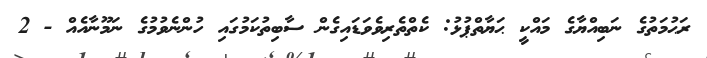
ރަޙުމަތުގެ ނަބިއްޔާގެ މައްކީ ޙަޔާތްޕުޅު: ކެތްތެރިވެވަޑައިގެން ސާބިތުކަމުގައި ހުންނެވުމުގެ ނަމޫނާއެއް - 2